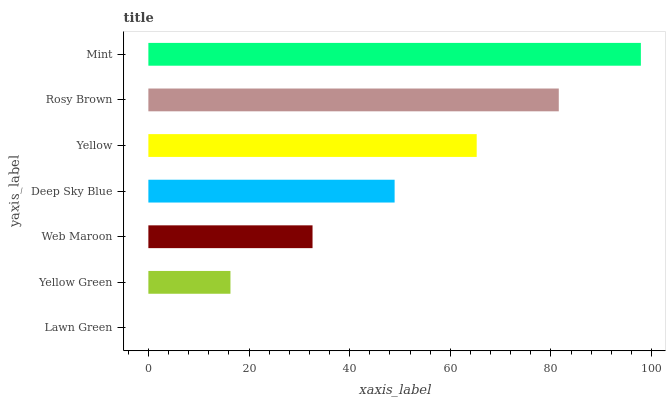
| yaxis_label | bars |
 | --- | --- |
 | Lawn Green | 0 |
 | Yellow Green | 16.3 |
 | Web Maroon | 32.6 |
 | Deep Sky Blue | 48.9 |
 | Yellow | 65.2 |
 | Rosy Brown | 81.6 |
 | Mint | 97.9 |